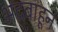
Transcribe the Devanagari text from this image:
भद्रबाहूने